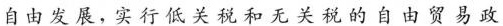
自由发展，实行低关税和无关税的自由贸易政